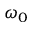
\omega _ { 0 }